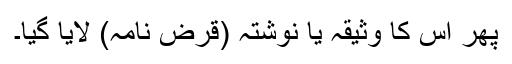
پھر اس کا وثیقہ یا نوشتہ (قرض نامہ) لایا گیا۔